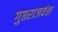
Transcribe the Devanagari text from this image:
गुप्तराजवंश